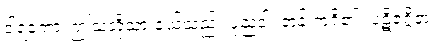
ဒါရကော၊ ဤသတို့သားငယ်သည်။ ပုညဝါ၊ ဘုန်းကံရှိ၏။ ပဋိဇဂ္ဂိတုံ၊